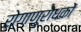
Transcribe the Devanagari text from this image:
रोगाणुरोधकों